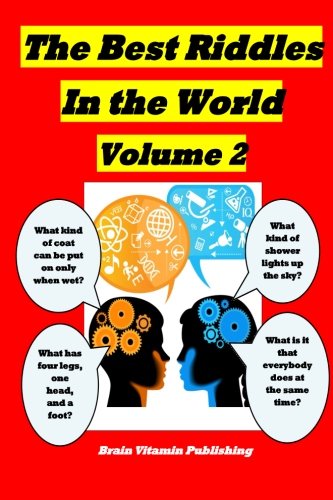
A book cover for The Best Riddles in the World Volume 2; George Tam; Children's Books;